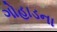
ગોહાડના